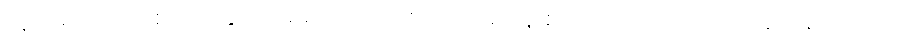
သူတရားဟောစဉ်က နိုင်ငံရေးထက် ရာဇဝင်သမိုင်းနဲ့ စာပေဘက် ကို ဇောင်းပေးဟောခဲ့လို့